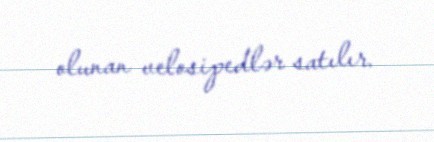
olunan velosipedlər satılır.